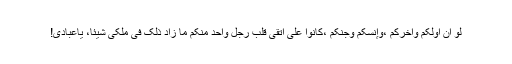
لو أن أولکم وآخرکم ،وإنسکم وجنکم ،کانوا علی أتقی قلب رجل واحد منکم ما زاد ذلک فی ملکی شیئا، یاعبادی!